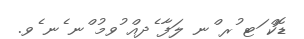
ޑޮކް ަޓ ުރ ްނ ލަފާ ެދއް ުވމު ްނ ެނ ެވ.